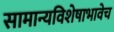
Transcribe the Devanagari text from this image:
सामान्यविशेषाभावेच